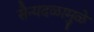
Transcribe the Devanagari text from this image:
सैन्यदळामुळे